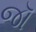
જૉ